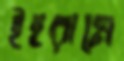
ইহরামে